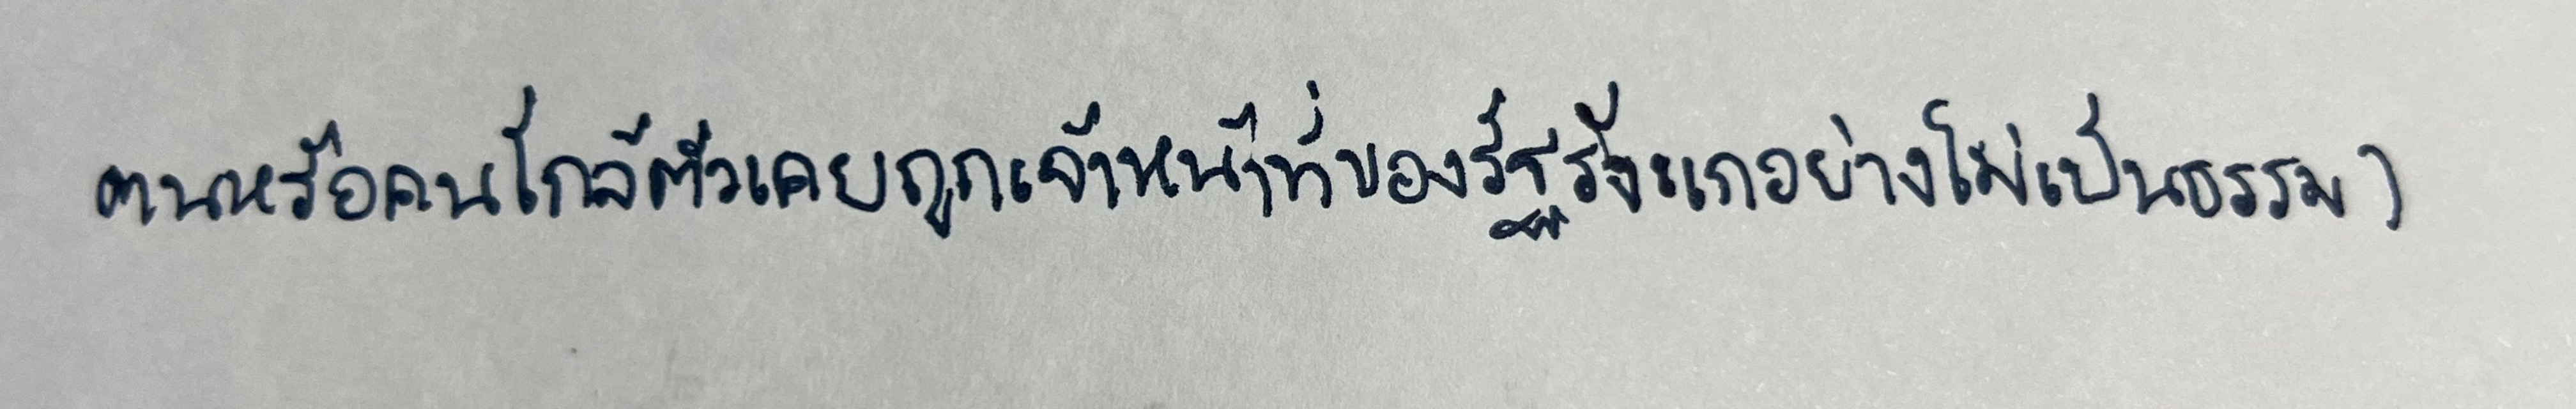
ตนหรือคนใกล้ตัวเคยถูกเจ้าหน้าที่ของรัฐรังแกอย่างไม่เป็นธรรม)